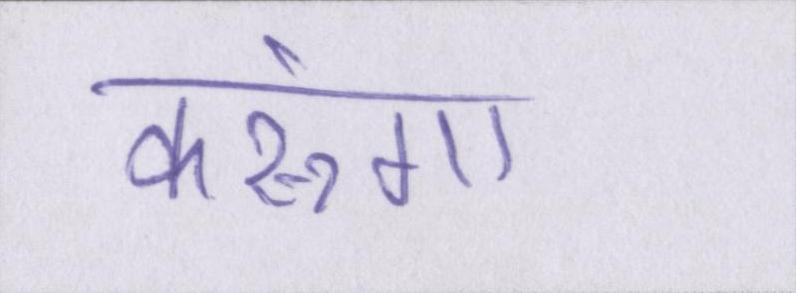
करूंगा